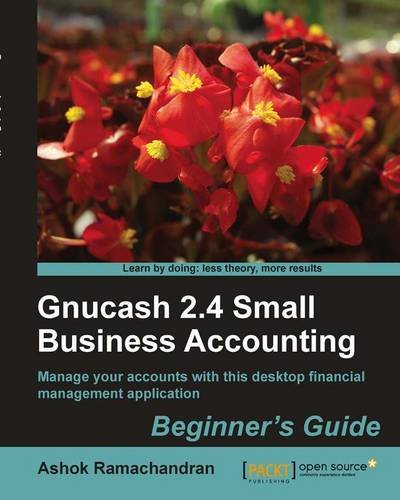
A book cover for Gnucash 2.4 Small Business Accounting: Beginner's Guide; Ashok Ramachandran; Computers & Technology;